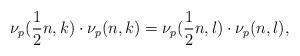
LaTeX: \begin{align*}\nu_p(\frac{1}{2}n,k)\cdot\nu_p(n,k)=\nu_p(\frac{1}{2}n,l)\cdot\nu_p(n,l),\end{align*}